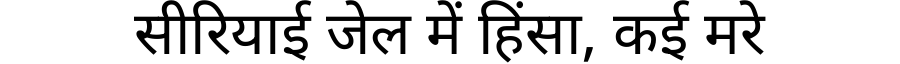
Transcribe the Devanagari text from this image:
सीरियाई जेल में हिंसा, कई मरे